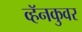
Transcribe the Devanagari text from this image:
व्हॅनकुवर